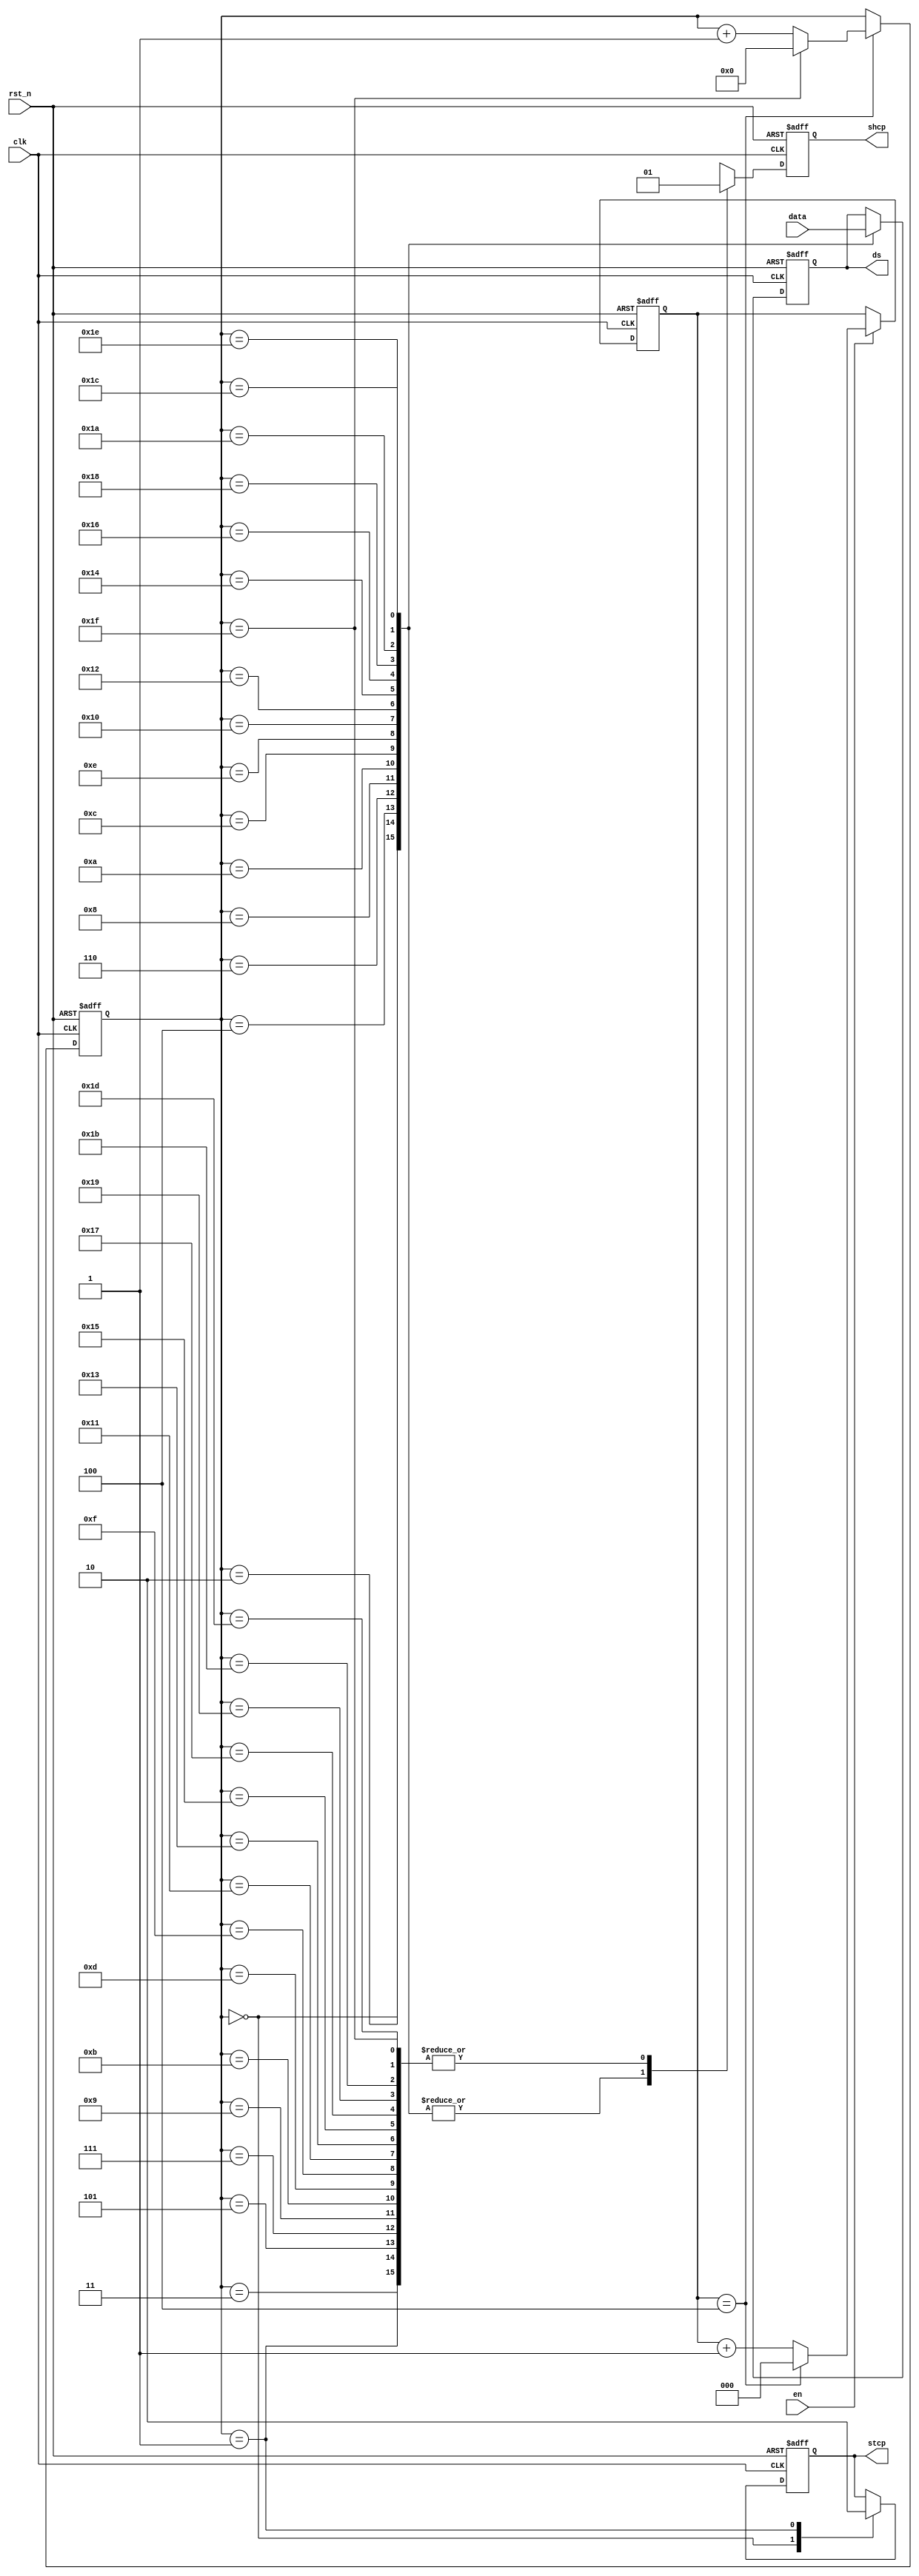
module HC595_driver(

	clk,
	rst_n,
	data,
	en,
	
	ds,
	stcp,
	shcp
);

	input clk;
	input rst_n;
	input [15:0]data;
	input en;
	
	output reg ds;
	output reg stcp;
	output reg shcp;
	
	reg [2:0]divider_cnt;
	
	wire sck_pulse;
	
	
	reg [4:0] shcp_edge_cnt ;//shcp EDGE counter
	
	
	always@(posedge clk or negedge rst_n)
		if(!rst_n)
			divider_cnt <= 0;
		else if (en)
			if(divider_cnt == 4)
				divider_cnt <= 0;
			else 
				divider_cnt <= divider_cnt + 1;
		else	
			divider_cnt <= divider_cnt;
			

	assign sck_pulse = (divider_cnt == 4);
	
	

	always@(posedge clk or negedge rst_n)
		if (!rst_n)
			shcp_edge_cnt <= 5'd0;
		else if (sck_pulse) 
			if (shcp_edge_cnt == 5'd31)
				shcp_edge_cnt <= 5'd0;
			else
				shcp_edge_cnt <= shcp_edge_cnt + 1'd1;
		else
			shcp_edge_cnt <= shcp_edge_cnt;
	
	always@(posedge clk or negedge rst_n)
		if(!rst_n)begin 
			shcp <= 1'b0; 
			stcp <= 1'b0;
			ds <= 1'b0; 
		end 
		else begin 
			case(shcp_edge_cnt) 
				5'd 0 :begin shcp <= 1'b0; stcp <= 1'b1; ds <= data[15]; end 
				5'd 1 :begin shcp <= 1'b1; stcp <= 1'b0;end 
				5'd 2 :begin shcp <= 1'b0; ds <= data[14];end 
				5'd 3 :begin shcp <= 1'b1; end 
				5'd 4 :begin shcp <= 1'b0; ds <= data[13];end 
				5'd 5 :begin shcp <= 1'b1; end 
				5'd 6 :begin shcp <= 1'b0; ds <= data[12];end 
				5'd 7 :begin shcp <= 1'b1; end 
				5'd 8 :begin shcp <= 1'b0; ds <= data[11];end 
				5'd 9 :begin shcp <= 1'b1; end 
				5'd10 :begin shcp <= 1'b0; ds <= data[10];end 
				5'd11 :begin shcp <= 1'b1; end 
				5'd12 :begin shcp <= 1'b0; ds <= data[9];end 
				5'd13 :begin shcp <= 1'b1; end 
				5'd14 :begin shcp <= 1'b0; ds <= data[8];end 
				5'd15 :begin shcp <= 1'b1; end 
				5'd16 :begin shcp <= 1'b0; ds <= data[7];end 
				5'd17 :begin shcp <= 1'b1; end 
				5'd18 :begin shcp <= 1'b0; ds <= data[6];end
				5'd19 :begin shcp <= 1'b1; end 
				5'd20 :begin shcp <= 1'b0; ds <= data[5];end 
				5'd21 :begin shcp <= 1'b1; end 
				5'd22 :begin shcp <= 1'b0; ds <= data[4];end
				5'd23 :begin shcp <= 1'b1; end 
				5'd24 :begin shcp <= 1'b0; ds <= data[3];end 
				5'd25 :begin shcp <= 1'b1; end 
				5'd26 :begin shcp <= 1'b0; ds <= data[2];end 
				5'd27 :begin shcp <= 1'b1; end 
				5'd28 :begin shcp <= 1'b0; ds <= data[1];end
				5'd29 :begin shcp <= 1'b1; end 
				5'd30 :begin shcp <= 1'b0; ds <= data[0];end 
				5'd31 :begin shcp <= 1'b1; end 
			endcase
		end
endmodule